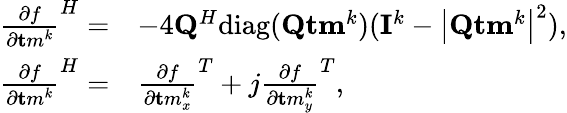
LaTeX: \begin{array}{rl}{{\frac{\partial f}{\partial{\mathbf tm}^{k}}}^{H}=}&{-4{\mathbf{Q}}^{H}\mathrm{diag}({\mathbf{Q}}{\mathbf{tm}}^{k})({\mathbf{I}}^{k}-\left|{\mathbf{Q}}{\mathbf{tm}}^{k}\right|^{2}),}\\ {{\frac{\partial f}{\partial{\mathbf tm}^{k}}}^{H}=}&{\frac{\partial f}{\partial{\mathbf tm}_{x}^{k}}^{T}+j\frac{\partial f}{\partial{\mathbf tm}_{y}^{k}}^{T},}\end{array}